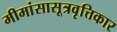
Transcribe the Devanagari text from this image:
मीमांसासूत्रवृत्तिकार